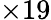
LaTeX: \times 19